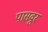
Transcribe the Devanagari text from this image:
पासवुर